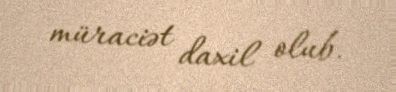
müraciət daxil olub.